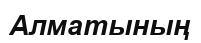
Алматының